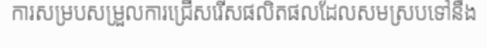
ការសម្របសម្រួលការជ្រើសរើសផលិតផលដែលសមស្របទៅនឹង